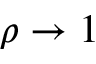
\rho \to 1